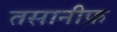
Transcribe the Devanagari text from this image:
तसानीफ़